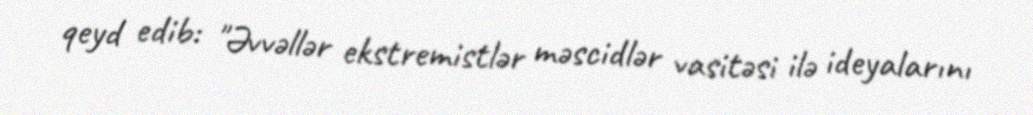
qeyd edib: "Əvvəllər ekstremistlər məscidlər vasitəsi ilə ideyalarını